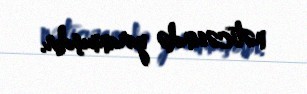
nəticəsində yaranmışdır.